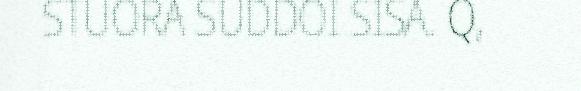
STUORA SUDDOI SISA. Q,